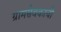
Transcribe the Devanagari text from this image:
ग्रामसेवकाची